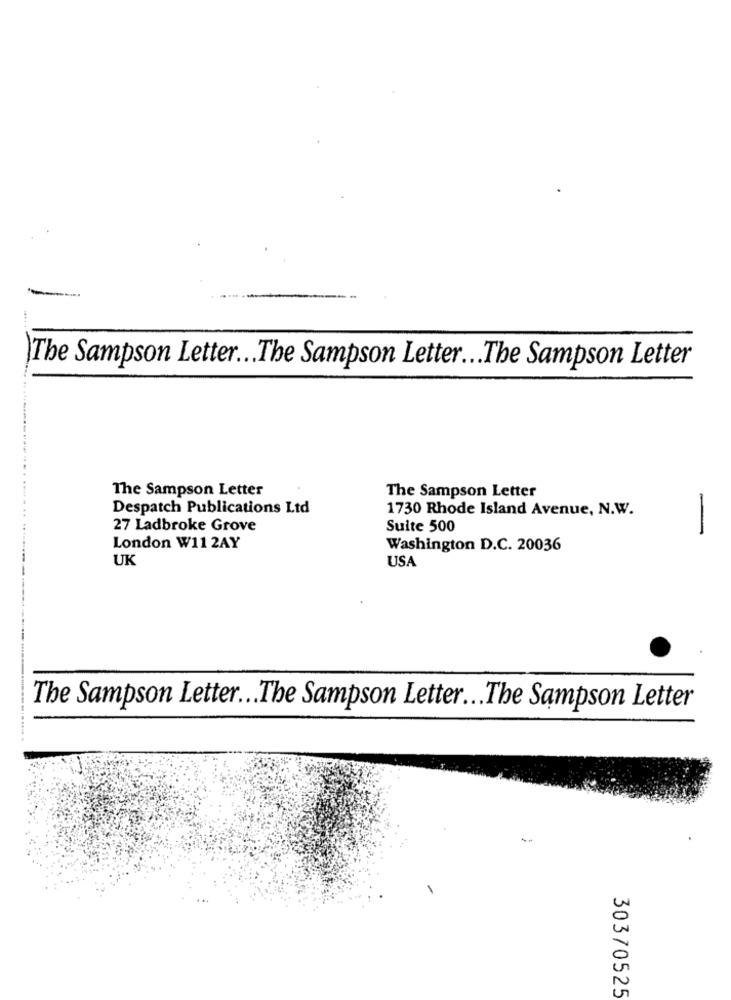
The Sampson Letter ... The Sampson Letter ... The Sampson Letter
The Sampson Letter
The Sampson Letter
Despatch Publications Ltd
1730 Rhode Island Avenue, N.W.
27 Ladbroke Grove
Suite 500
-
London W11 2AY
Washington D.C. 20036
UK
USA
The Sampson Letter ... The Sampson Letter ... The Sampson Letter
30370525